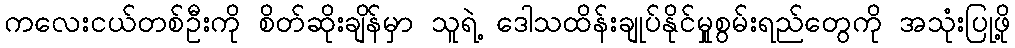
ကလေးငယ်တစ်ဦးကို စိတ်ဆိုးချိန်မှာ သူရဲ့ ဒေါသထိန်းချုပ်နိုင်မှုုစွမ်းရည်တွေကို အသုံးပြုဖို့